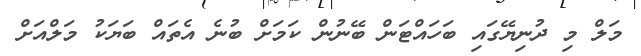
މަލް މި ދުނިޔޭގައި ބަހައްޓަން ބޭނުން ކަމަށް ބުނެ އެތައް ބަޔަކު މަލްއަށް